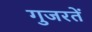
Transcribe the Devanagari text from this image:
गुजरतें